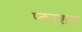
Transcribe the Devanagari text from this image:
प्काशन